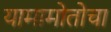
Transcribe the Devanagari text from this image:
यामामोतोचा